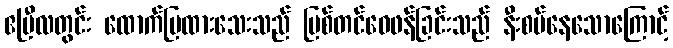
ဧပြီလတွင်း ထောက်ပြထားသေးသည် ပြစ်တင်ဝေဖန်ခြင်းသည် နီးစပ်နေသောကြောင့်